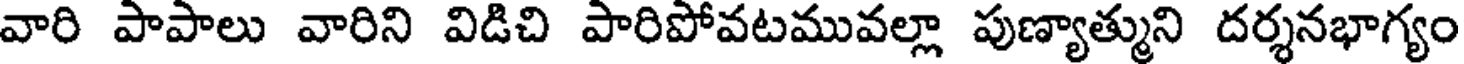
వారి పాపాలు వారిని విడిచి పారిపోవటమువల్లా పుణ్యాత్ముని దర్శనభాగ్యం